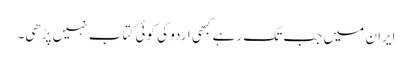
ایران میں جب تک رہے کبھی اردو کی کوئی کتاب نہیں پڑھی۔